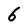
Character: 6